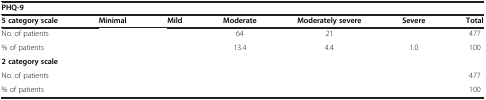
<table><thead><tr><td colspan="7"><b>PHQ-9</b></td></tr><tr><td><b>5 category scale</b></td><td><b>Minimal</b></td><td><b>Mild</b></td><td><b>Moderate</b></td><td><b>Moderately severe</b></td><td><b>Severe</b></td><td><b>Total</b></td></tr></thead><tbody><tr><td>No. of patients</td><td>[EMPTY_CELL]</td><td>[EMPTY_CELL]</td><td>64</td><td>21</td><td>[EMPTY_CELL]</td><td>477</td></tr><tr><td>% of patients</td><td>[EMPTY_CELL]</td><td>[EMPTY_CELL]</td><td>13.4</td><td>4.4</td><td>1.0</td><td>100</td></tr><tr><td><b>2 category scale</b></td><td>[EMPTY_CELL]</td><td colspan="4">[EMPTY_CELL]</td><td>[EMPTY_CELL]</td></tr><tr><td>No. of patients</td><td>[EMPTY_CELL]</td><td>[EMPTY_CELL]</td><td>[EMPTY_CELL]</td><td>[EMPTY_CELL]</td><td>[EMPTY_CELL]</td><td>477</td></tr><tr><td>% of patients</td><td>[EMPTY_CELL]</td><td>[EMPTY_CELL]</td><td>[EMPTY_CELL]</td><td>[EMPTY_CELL]</td><td>[EMPTY_CELL]</td><td>100</td></tr></tbody></table>